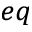
_ { e q }